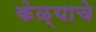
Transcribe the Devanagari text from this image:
केळ्याचे